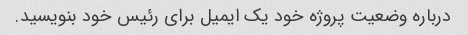
درباره وضعیت پروژه خود یک ایمیل برای رئیس خود بنویسید.